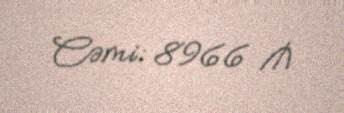
Cəmi: 8966 ₼